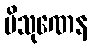
ပိသုဏေန